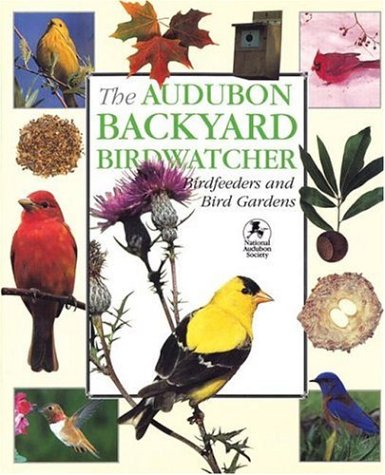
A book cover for The Audubon Backyard Birdwatcher: Birdfeeders and Bird Gardens; Robert Burton; Crafts, Hobbies & Home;